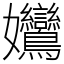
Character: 𡤻